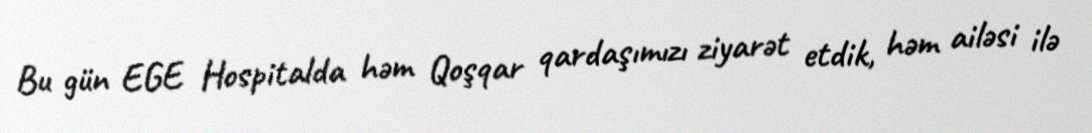
Bu gün EGE Hospitalda həm Qoşqar qardaşımızı ziyarət etdik, həm ailəsi ilə